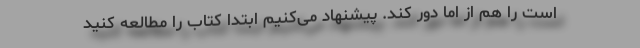
است را هم از اما دور کند. پیشنهاد می‌کنیم ابتدا کتاب را مطالعه کنید